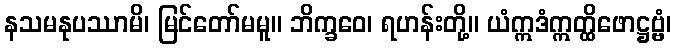
နသမနုပဿာမိ၊ မြင်တော်မမူ။ ဘိက္ခဝေ၊ ရဟန်းတို့။ ယံဣဒံဣတ္ထိဖောဋ္ဌဗ္ဗံ၊